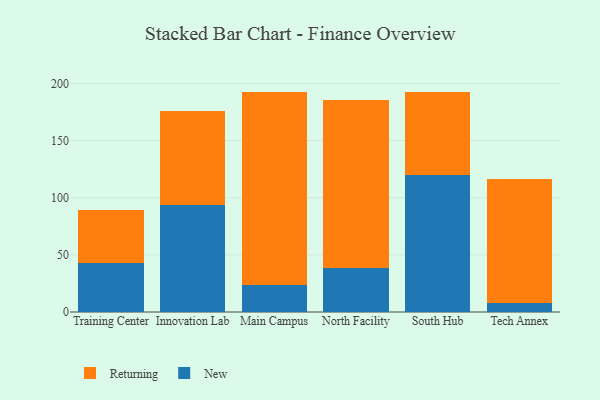
{"axis": {"x": "Campus", "y": "Headcount"}, "legend": ["New", "Returning"], "data": [{"x": "Training Center", "y": 43.3, "type": "New"}, {"x": "Training Center", "y": 46.2, "type": "Returning"}, {"x": "Innovation Lab", "y": 94.0, "type": "New"}, {"x": "Innovation Lab", "y": 81.8, "type": "Returning"}, {"x": "Main Campus", "y": 23.4, "type": "New"}, {"x": "Main Campus", "y": 169.5, "type": "Returning"}, {"x": "North Facility", "y": 38.7, "type": "New"}, {"x": "North Facility", "y": 147.2, "type": "Returning"}, {"x": "South Hub", "y": 120.0, "type": "New"}, {"x": "South Hub", "y": 72.9, "type": "Returning"}, {"x": "Tech Annex", "y": 8.1, "type": "New"}, {"x": "Tech Annex", "y": 108.4, "type": "Returning"}]}